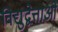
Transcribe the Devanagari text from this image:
विद्युद्वेत्ताओं